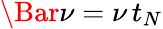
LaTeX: \Bar{\nu}=\nu\, t_{N}